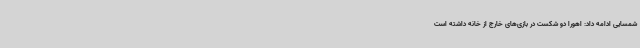
شمسایی ادامه داد: اهورا دو شکست در بازی‌های خارج از خانه داشته است